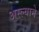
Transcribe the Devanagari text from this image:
अस्ल्याने